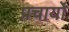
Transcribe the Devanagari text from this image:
प्रचार्यो